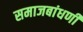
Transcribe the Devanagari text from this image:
समाजबांधणी